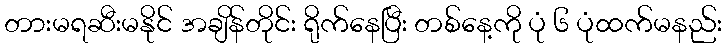
တားမရဆီးမနိုင် အချိန်တိုင်း ရိုက်နေပြီး တစ်နေ့ကို ပုံ ၆ ပုံထက်မနည်း